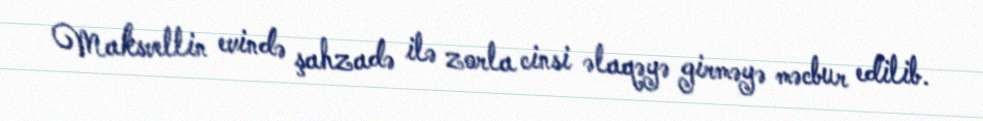
Maksvellin evində şahzadə ilə zorla cinsi əlaqəyə girməyə məcbur edilib.